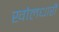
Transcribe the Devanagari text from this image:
खोलधारी